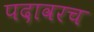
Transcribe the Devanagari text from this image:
पदावरच